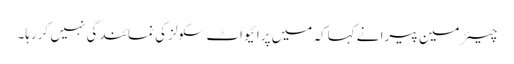
چیئر مین پیرا نے کہاکہ میں پرائیواٹ سکولز کی نمائندگی نہیں کررہا۔